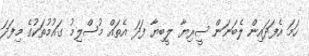
ހަމަ އެފަދައިން ލެބަނަން ސީރިޔާ ލީބިޔާ ފަދަ އެތައް މުސްލިމު ގައުމުތަކުގެ މިފަދަ